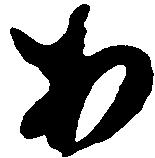
安